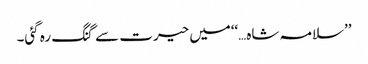
’’سلامہ شاہ…‘‘میں حیرت سے گنگ رہ گئی۔